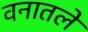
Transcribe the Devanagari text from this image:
वनातले